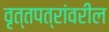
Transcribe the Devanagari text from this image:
वृत्तपत्रांवरील